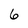
Character: 6